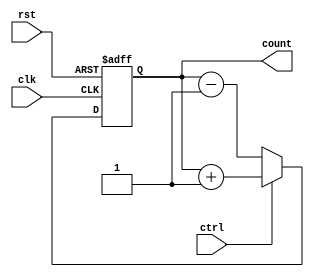
module counter(clk,rst,ctrl,count);
input clk,rst,ctrl;
output reg [3:0] count;
always @(posedge clk or posedge rst)
begin
 if(rst)
   count <=0;
 else
  begin
    if(ctrl)
          count <=count+1;
    else
          count <=count-1;
  end
end
endmodule